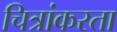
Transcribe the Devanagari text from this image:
चित्रांकरता